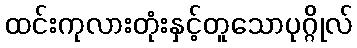
ထင်းကုလားတုံးနှင့်တူသောပုဂ္ဂိုလ်